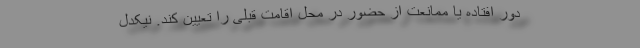
دور افتاده یا ممانعت از حضور در محل اقامت قبلی را تعیین کند. نیکدل